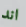
اند